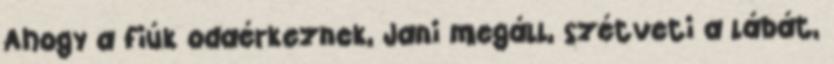
Ahogy a fiúk odaérkeznek, Jani megáll, szétveti a lábát,